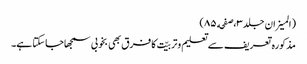
(المیزان جلد٣،صفحه ٨٥)
مذکورہ تعریف سے تعلیم وتربیّت کا فرق بھی بخوبی سمجھاجاسکتا ہے۔